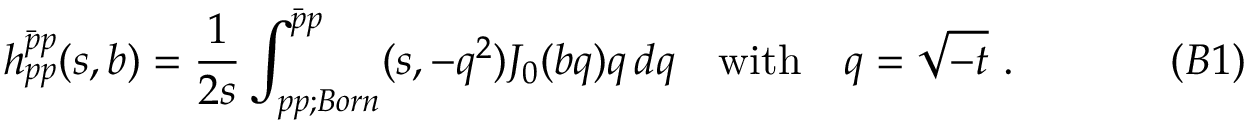
h _ { p p } ^ { \bar { p } p } ( s , b ) = { \frac { 1 } { 2 s } } \int _ { p p ; B o r n } ^ { \bar { p } p } ( s , - q ^ { 2 } ) J _ { 0 } ( b q ) q \, d q \quad \mathrm { w i t h } \quad q = \sqrt { - t } \ . \eqno ( B 1 )